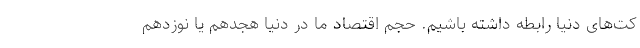
کت‌های دنیا رابطه داشته باشیم. حجم اقتصاد ما در دنیا هجدهم یا نوزدهم